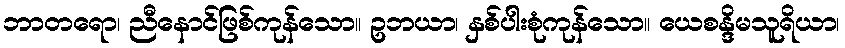
ဘာတရော၊ ညီနောင်ဖြစ်ကုန်သော။ ဥဘယာ၊ နှစ်ပါးစုံကုန်သော။ ယေစန္ဒိမသူရိယာ၊